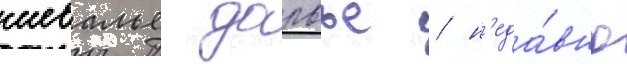
шевалье дарвье / н'еда́вно